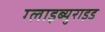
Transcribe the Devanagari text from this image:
ग्लाइब्युराइड